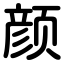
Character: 颜